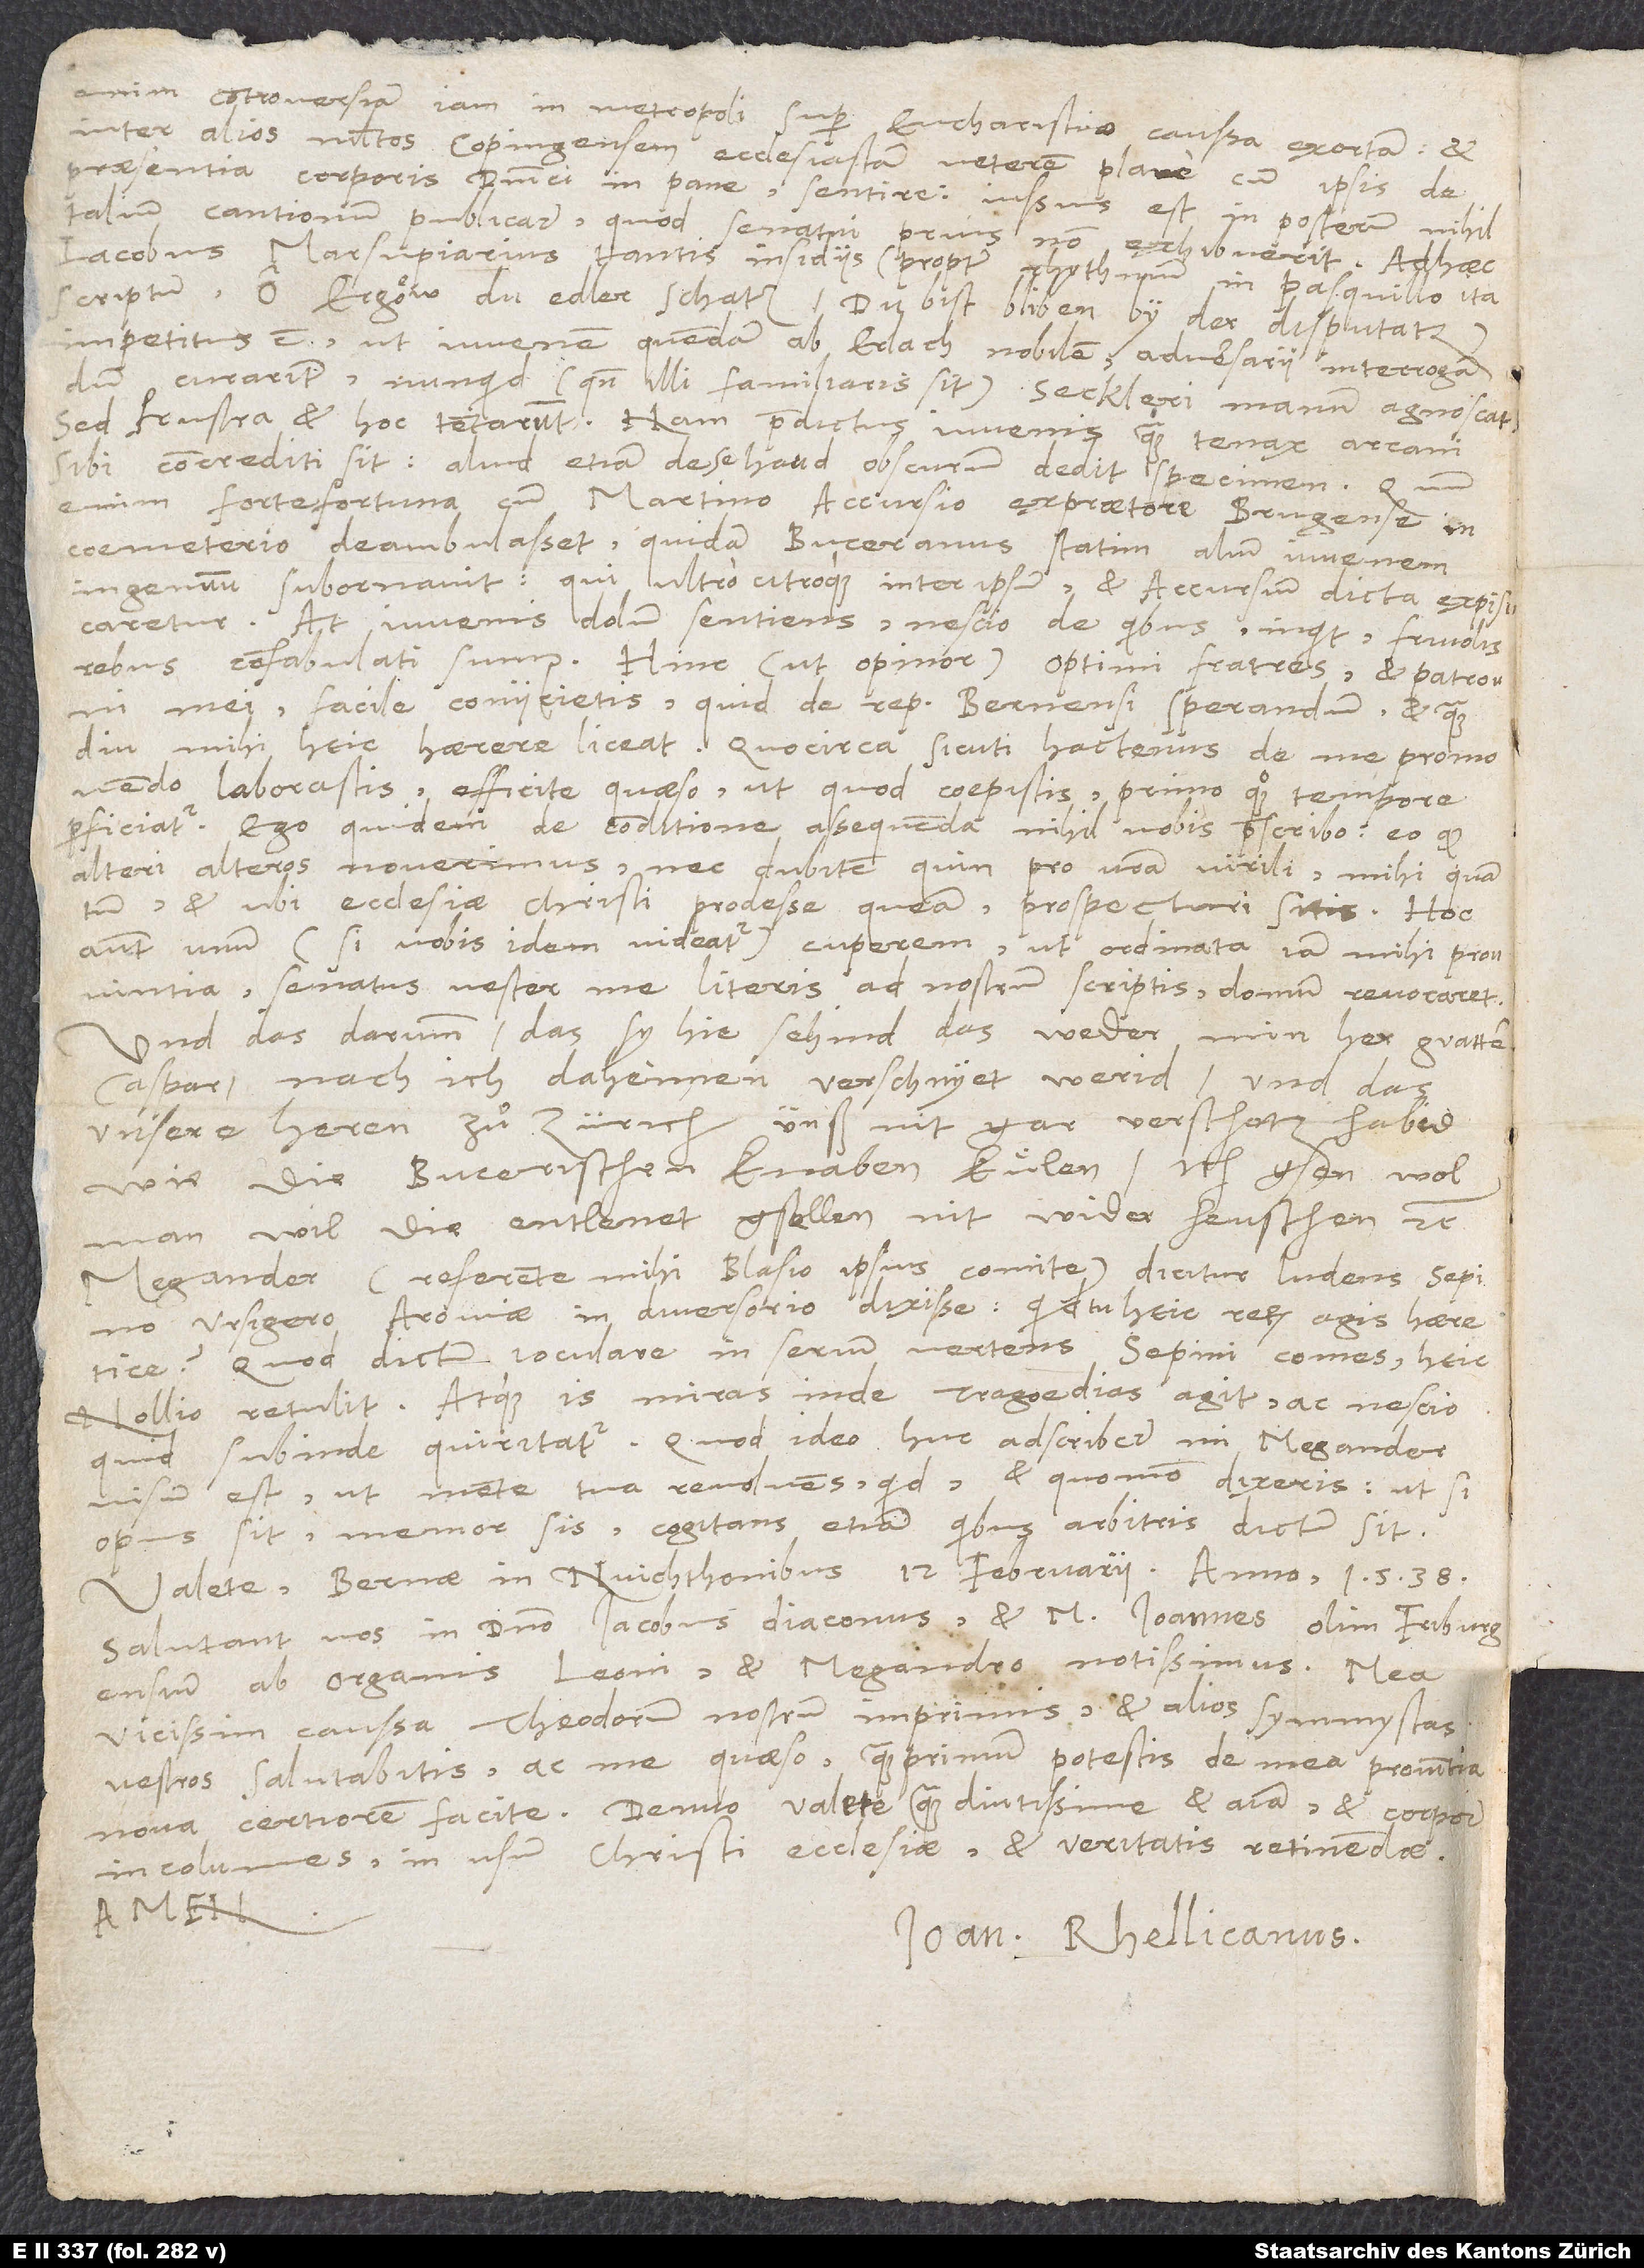
enim controversiam iam in metropoli super eucharistiae caussa exortam et
inter alios multos Copingensem ecclesiastam veterem plane cum ipsis de
praesentia corporis dominici in pane sentire, iussus est in posterum nihil
talium cantionum publicare, quod senatui prius non exhibuerit. Adhaec
Iacobus Marsupiarius tantis insidiis (propter rhythmum in pasquillo ita
scriptum: „O Ergöw, du edler schatz, du bist bliben by der disputatz“)
impetitus est, ut iuvenem quendam ab Erlach nobilem adversarii interrogandum
d.
curarint, nunquid (quando illi familiaris sit) Seckleri manum agnoscat.
Sed frustra et hoc tentarunt; nam praedictus iuvenis quam tenax arcani
sibi concrediti sit, aliud etiam de se haud obscurum dedit specimen. Quum
enim fortefortuna cum Martino Accursio, expraetore Brugense, in
coemeterio deambulasset, quidam Buceranus statim alium iuvenem
ingenuum subornavit, qui ultro citroque inter ipsum et Accursium dicta expiscaretur.
At iuvenis dolum sentiens: „Nescio de quibus“, inquit, „frivolis
rebus confabulati sumus.“ Hinc (ut opinor), optimi fratres et patroni
mei, facile coniicietis, quid de republica Bernensi sperandum et quamdiu
mihi heic haerere liceat. Quocirca, sicuti hactenus de me promovendo
laborastis, efficite, quaeso, ut, quod coepistis, primo quoque tempore
perficiatur. Ego quidem de conditione assequenda nihil vobis praescribo, eo quod
alteri alteros noverimus nec dubitem, quin pro vestra virili mihi, quantum
et ubi ecclesiae Christi prodesse queam, prospecturi sitis. Hoc
autem unum (si vobis idem videatur) cuperem, ut ordinata iam mihi provintia
senatus vester me literis ad nostrum scriptis domum revocaret,
und das darumb, das sy hie sehind, das weder min her gvatter
Caspar nach ich daheimen verschryet werid und das
unsere heren zuͦ Zürich unß nit gar verschatz habid,
wie die Bucerischen knaben kuͤlen: „Ich gsen wol,
man wil die entlenet gsellen nit wider heuschen“ etc.
Megander (referente mihi Blasio, ipsius comite) dicitur ludens Sepino
ursigero Aroviae in diversorio dixisse: „Quid tu heic rerum agis, haeretice?“
Quod dictum ioculare in serium vertens Sepini comes heic
Nollio retulit, atque is miras inde tragoedias agit ac nescio
quid subinde quiritatur. Quod ideo huc adscribere, mi Megander,
visum est, ut mente tua revolvens, quid et quomodo dixeris, ut, si
opus sit, memor sis, cogitans etiam, quibus arbitris dictum sit.
Valete. Bernae in Nuichthonibus, 12. februarii anno 1538.
Salutant vos in domino Iacobus diaconus et M. Ioannes, olim Friburgensium
ab organis, Leoni et Megandro notissimus. Mea
vicissim caussa Theodorum nostrum imprimis et alios symmystas
vestros salutabitis ac me, quaeso, quam primum potestis de mea provintia
nova certiorem facite. Denuo valete quam diutissime et anima et corpore
incolumes in usum Christi ecclesiae et veritatis retinendae.
Ioan. Rhellicanus.